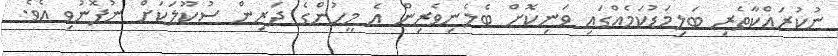
ނުކުރައްކާތެރި ބަލިމަޑުކަމެއްގައި ވަނިކޮށް ބެލެނިވެރިން އެ މީހުންގެ ދަރިން ސުކޫލަކަށް ނުފޮނުވި އެވެ.